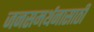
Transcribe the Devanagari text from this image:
जनसमर्थनासाठी